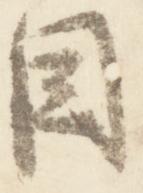
目